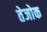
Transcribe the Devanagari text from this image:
तेजोक